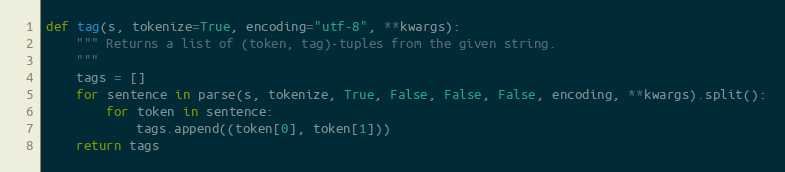
Language: Python
def tag(s, tokenize=True, encoding="utf-8", **kwargs):
    """ Returns a list of (token, tag)-tuples from the given string.
    """
    tags = []
    for sentence in parse(s, tokenize, True, False, False, False, encoding, **kwargs).split():
        for token in sentence:
            tags.append((token[0], token[1]))
    return tags